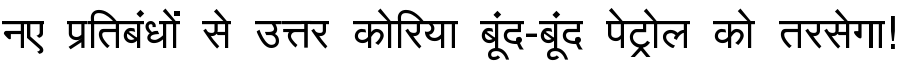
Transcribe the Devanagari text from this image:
नए प्रतिबंधों से उत्तर कोरिया बूंद-बूंद पेट्रोल को तरसेगा!